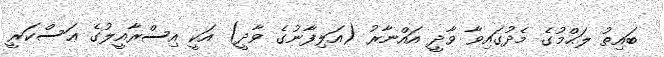
ބައިތު ލަޙްމުގެ މެދުގައިވާ ވާދީ އައްނާރު (އަލިފާނުގެ ވާދީ) އަކީ އިސްރާއީލުގެ ޢަސްކަރީ